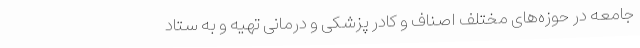
جامعه در حوزه‌های مختلف اصناف و کادر پزشکی و درمانی تهیه و به ستاد